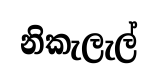
නිකැලැල්